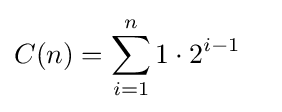
C(n)=\sum _{i=1}^{n}1\cdot 2^{i-1}\quad